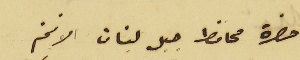
حضرة محافظ جبل لبنان الافخم